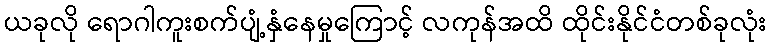
ယခုလို ရောဂါကူးစက်ပျံ့နှံနေမှုကြောင့် လကုန်အထိ ထိုင်းနိုင်ငံတစ်ခုလုံး